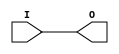
module IBUF_SSTL2_I (O, I);

    output O;

    input  I;

	buf B1 (O, I);


endmodule